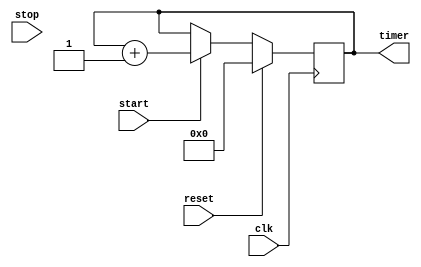
module TimeStampingTimer (
    input wire clk, // System clock input
    input wire start, // Start signal input
    input wire stop, // Stop signal input
    input wire reset, // Reset signal input
    output reg [31:0] timer // 32-bit timer output
);

reg [31:0] internal_timer; // Internal timer variable

always @(posedge clk) begin
    if (reset) begin
        internal_timer <= 32'b0;
    end else if (start) begin
        internal_timer <= internal_timer + 1;
    end else if (stop) begin
        // Do nothing, keep internal_timer unchanged
    end
end

assign timer = internal_timer;

endmodule